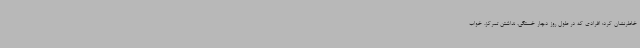
خاطرنشان کرد: افرادی که در طول روز دچار خستگی، نداشتن تمرکز، خواب